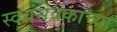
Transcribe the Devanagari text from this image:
स्वयंसेवकाच्या